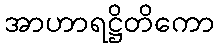
အာဟာရဋ္ဌိတိကော